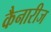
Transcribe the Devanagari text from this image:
कैनारीज